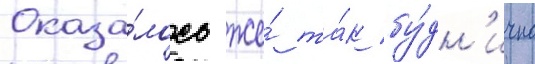
Оказа́лось же́ та́к бу́дн'ично